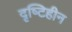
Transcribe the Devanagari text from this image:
दृष्‍टिहीन